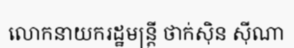
លោកនាយករដ្ឋមន្ត្រី ថាក់ស៊ិន ស៊ីណា